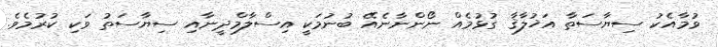
ވުމާއެކު ސިޔާސަތާ އަޚުލާޤާ ގުޅުމެއް ނޯންނާނެއޭ ބުނުމަކީ އިސްލާމްދީނާއި ސިޔާސަތު ވަކި ކުރުމެވެ.